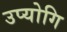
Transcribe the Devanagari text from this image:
उप्योगि